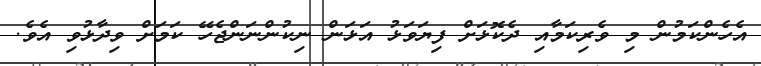
އެހެންކަމުން މި ވެރިކަމާއި ދެކޮޅަށް ފިޔަވަޅު އަޅަން ނިކުންނަންޖެހޭ ކަމަށް ވިދާޅުވި އެވެ.